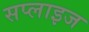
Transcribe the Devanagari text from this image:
सप्लाइज